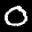
Label: 0